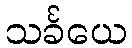
သင်္ခယေ